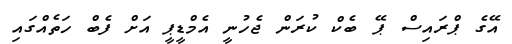
އޭގެ ޕްރައިސް ޕޭ ބެކް ކުރަން ޖެހުނީ އެމްޑީޕީ އަށް ފެބް ހަތެއްގައި